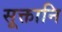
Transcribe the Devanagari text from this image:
सूक्तानि